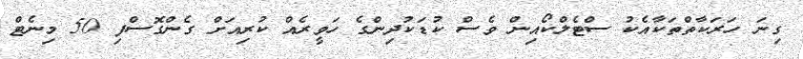
ގިނަ ހަރަކާތްތަކާއެކު ސްޓެލްކޯއިން ވެސް ކުޑަކުދިންގެ ހަވީރެއް ކުރިއަށް ގެންގޮސްފި 50 މިނެޓް